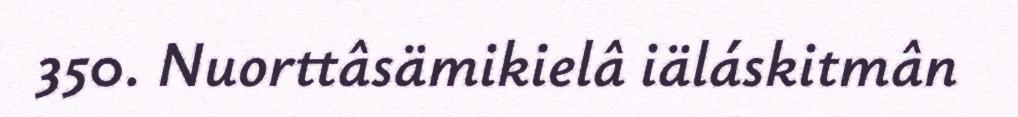
350. Nuorttâsämikielâ iäláskitmân